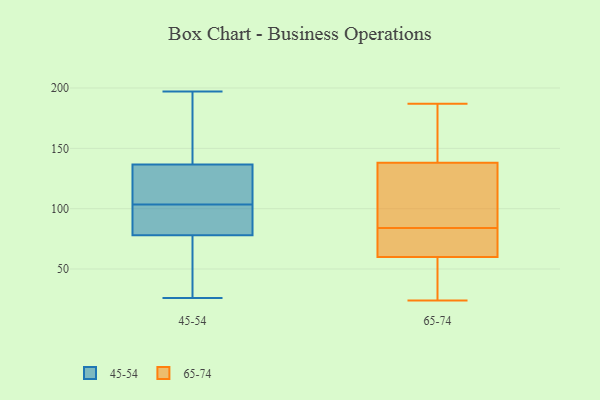
{"axis": {"x": "Demand Index", "y": "Value"}, "legend": ["45-54", "65-74"], "data": [{"x": "", "y": 85, "type": "45-54"}, {"x": "", "y": 74, "type": "45-54"}, {"x": "", "y": 26, "type": "45-54"}, {"x": "", "y": 134, "type": "45-54"}, {"x": "", "y": 47, "type": "45-54"}, {"x": "", "y": 144, "type": "45-54"}, {"x": "", "y": 82, "type": "45-54"}, {"x": "", "y": 119, "type": "45-54"}, {"x": "", "y": 185, "type": "45-54"}, {"x": "", "y": 64, "type": "45-54"}, {"x": "", "y": 100, "type": "45-54"}, {"x": "", "y": 87, "type": "45-54"}, {"x": "", "y": 95, "type": "45-54"}, {"x": "", "y": 107, "type": "45-54"}, {"x": "", "y": 139, "type": "45-54"}, {"x": "", "y": 140, "type": "45-54"}, {"x": "", "y": 197, "type": "45-54"}, {"x": "", "y": 45, "type": "45-54"}, {"x": "", "y": 107, "type": "45-54"}, {"x": "", "y": 115, "type": "45-54"}, {"x": "", "y": 88, "type": "65-74"}, {"x": "", "y": 112, "type": "65-74"}, {"x": "", "y": 24, "type": "65-74"}, {"x": "", "y": 179, "type": "65-74"}, {"x": "", "y": 80, "type": "65-74"}, {"x": "", "y": 183, "type": "65-74"}, {"x": "", "y": 38, "type": "65-74"}, {"x": "", "y": 60, "type": "65-74"}, {"x": "", "y": 187, "type": "65-74"}, {"x": "", "y": 78, "type": "65-74"}, {"x": "", "y": 36, "type": "65-74"}, {"x": "", "y": 143, "type": "65-74"}, {"x": "", "y": 69, "type": "65-74"}, {"x": "", "y": 138, "type": "65-74"}, {"x": "", "y": 64, "type": "65-74"}, {"x": "", "y": 103, "type": "65-74"}, {"x": "", "y": 48, "type": "65-74"}, {"x": "", "y": 116, "type": "65-74"}]}